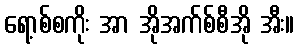
ရော့စ်စကိုး အာ အိုအက်စ်စီအို အီး။